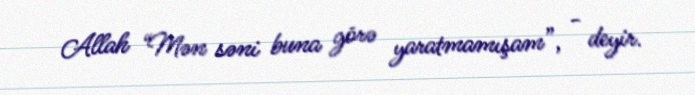
Allah “Mən səni buna görə yaratmamışam”, - deyir.